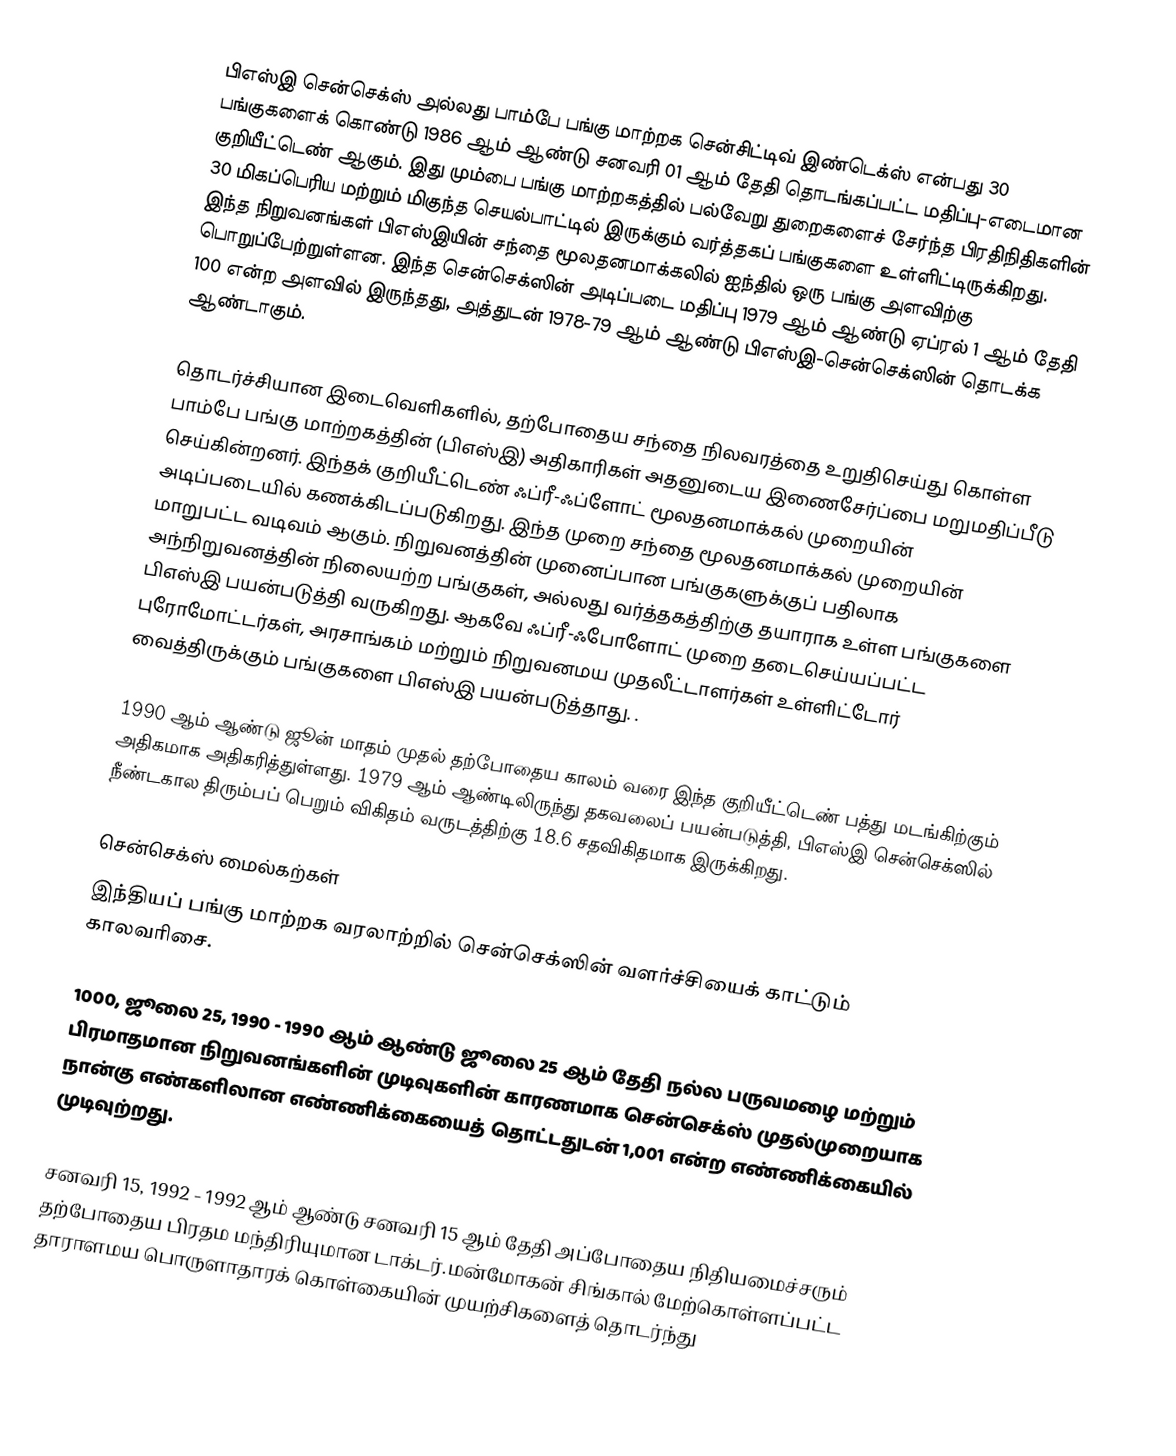
பிஎஸ்இ சென்செக்ஸ் அல்லது பாம்பே பங்கு மாற்றக சென்சிட்டிவ் இண்டெக்ஸ் என்பது 30 பங்குகளைக் கொண்டு 1986 ஆம் ஆண்டு சனவரி 01 ஆம் தேதி தொடங்கப்பட்ட மதிப்பு-எடைமான குறியீட்டெண் ஆகும். இது மும்பை பங்கு மாற்றகத்தில் பல்வேறு துறைகளைச் சேர்ந்த பிரதிநிதிகளின் 30 மிகப்பெரிய மற்றும் மிகுந்த செயல்பாட்டில் இருக்கும் வர்த்தகப் பங்குகளை உள்ளிட்டிருக்கிறது. இந்த நிறுவனங்கள் பிஎஸ்இயின் சந்தை மூலதனமாக்கலில் ஐந்தில் ஒரு பங்கு அளவிற்கு பொறுப்பேற்றுள்ளன. இந்த சென்செக்ஸின் அடிப்படை மதிப்பு 1979 ஆம் ஆண்டு ஏப்ரல் 1 ஆம் தேதி 100 என்ற அளவில் இருந்தது, அத்துடன் 1978-79 ஆம் ஆண்டு பிஎஸ்இ-சென்செக்ஸின் தொடக்க ஆண்டாகும்.

தொடர்ச்சியான இடைவெளிகளில், தற்போதைய சந்தை நிலவரத்தை உறுதிசெய்து கொள்ள பாம்பே பங்கு மாற்றகத்தின் (பிஎஸ்இ) அதிகாரிகள் அதனுடைய இணைசேர்ப்பை மறுமதிப்பீடு செய்கின்றனர். இந்தக் குறியீட்டெண் ஃப்ரீ-ஃப்ளோட் மூலதனமாக்கல் முறையின் அடிப்படையில் கணக்கிடப்படுகிறது. இந்த முறை சந்தை மூலதனமாக்கல் முறையின் மாறுபட்ட வடிவம் ஆகும். நிறுவனத்தின் முனைப்பான பங்குகளுக்குப் பதிலாக அந்நிறுவனத்தின் நிலையற்ற பங்குகள், அல்லது வர்த்தகத்திற்கு தயாராக உள்ள பங்குகளை பிஎஸ்இ பயன்படுத்தி வருகிறது. ஆகவே ஃப்ரீ-ஃபோளோட் முறை தடைசெய்யப்பட்ட புரோமோட்டர்கள், அரசாங்கம் மற்றும் நிறுவனமய முதலீட்டாளர்கள் உள்ளிட்டோர் வைத்திருக்கும் பங்குகளை பிஎஸ்இ பயன்படுத்தாது. .

1990 ஆம் ஆண்டு ஜூன் மாதம் முதல் தற்போதைய காலம் வரை இந்த குறியீட்டெண் பத்து மடங்கிற்கும் அதிகமாக அதிகரித்துள்ளது. 1979 ஆம் ஆண்டிலிருந்து தகவலைப் பயன்படுத்தி, பிஎஸ்இ சென்செக்ஸில் நீண்டகால திரும்பப் பெறும் விகிதம் வருடத்திற்கு 18.6 சதவிகிதமாக இருக்கிறது.

சென்செக்ஸ் மைல்கற்கள்
இந்தியப் பங்கு மாற்றக வரலாற்றில் சென்செக்ஸின் வளர்ச்சியைக் காட்டும் காலவரிசை.

 1000, ஜூலை 25, 1990 - 1990 ஆம் ஆண்டு ஜூலை 25 ஆம் தேதி நல்ல பருவமழை மற்றும் பிரமாதமான நிறுவனங்களின் முடிவுகளின் காரணமாக சென்செக்ஸ் முதல்முறையாக நான்கு எண்களிலான எண்ணிக்கையைத் தொட்டதுடன் 1,001 என்ற எண்ணிக்கையில் முடிவுற்றது.

  சனவரி 15, 1992 - 1992 ஆம் ஆண்டு சனவரி 15 ஆம் தேதி அப்போதைய நிதியமைச்சரும் தற்போதைய பிரதம மந்திரியுமான டாக்டர்.மன்மோகன் சிங்கால் மேற்கொள்ளப்பட்ட தாராளமய பொருளாதாரக் கொள்கையின் முயற்சிகளைத் தொடர்ந்து